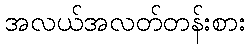
အလယ်အလတ်တန်းစား